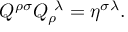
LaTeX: Q ^ { \rho \sigma } Q _ { \rho } ^ { \ \lambda } = \eta ^ { \sigma \lambda } .